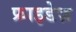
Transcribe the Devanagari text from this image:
फ्राइडेज़